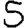
Digit: 5